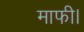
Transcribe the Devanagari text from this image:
माफी।